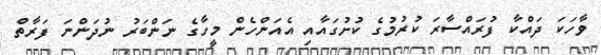
ވާހަކަ ދައްކާ ފުރައްސާރަ ކުރުމުގެ ކުށުގައާއި އެއަންހެން މީހާގެ ނަންބަރު ނުދަންނަ ފަރާތް